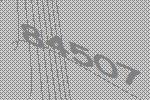
84507